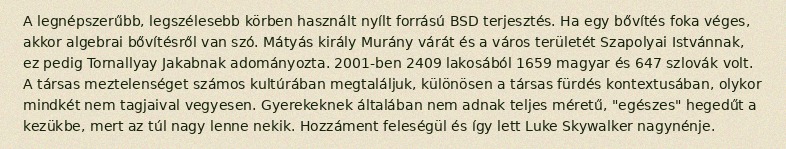
A legnépszerűbb, legszélesebb körben használt nyílt forrású BSD terjesztés. Ha egy bővítés foka véges, akkor algebrai bővítésről van szó. Mátyás király Murány várát és a város területét Szapolyai Istvánnak, ez pedig Tornallyay Jakabnak adományozta. 2001-ben 2409 lakosából 1659 magyar és 647 szlovák volt. A társas meztelenséget számos kultúrában megtaláljuk, különösen a társas fürdés kontextusában, olykor mindkét nem tagjaival vegyesen. Gyerekeknek általában nem adnak teljes méretű, "egészes" hegedűt a kezükbe, mert az túl nagy lenne nekik. Hozzáment feleségül és így lett Luke Skywalker nagynénje.